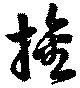
旛